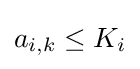
a_{i,k}\leq K_{i}